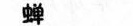
蝉